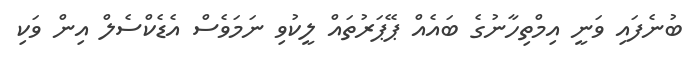
ބުނެފައި ވަނީ އިމްތިހާނުގެ ބައެއް ޕޭޕަރުތައް ލީކުވި ނަމަވެސް އެޑެކްސެލް އިން ވަކި